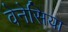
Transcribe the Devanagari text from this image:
वेनेसिया